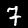
Label: 7